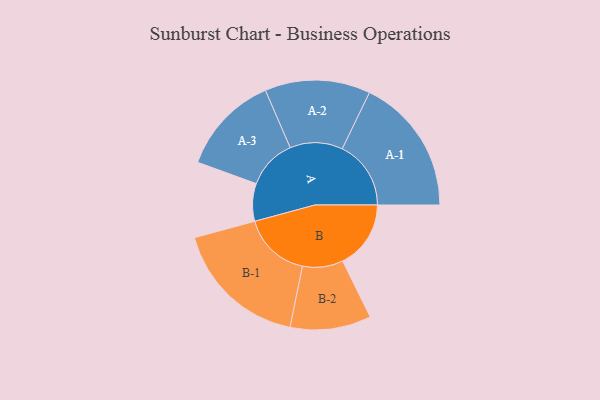
{"axis": {"x": "Segment", "y": "Value"}, "legend": ["", "A", "B"], "data": [{"x": "A", "y": 160, "type": ""}, {"x": "B", "y": 290, "type": ""}, {"x": "A-1", "y": 292, "type": "A"}, {"x": "A-2", "y": 224, "type": "A"}, {"x": "A-3", "y": 212, "type": "A"}, {"x": "B-1", "y": 288, "type": "B"}, {"x": "B-2", "y": 172, "type": "B"}]}